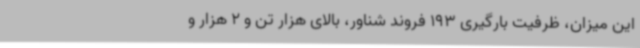
این میزان، ظرفیت بارگیری 193 فروند شناور، بالای هزار تن و 2 هزار و